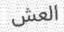
العش